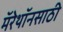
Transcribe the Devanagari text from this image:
मॅरेथॉनसाठी